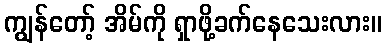
ကျွန်တော့် အိမ်ကို ရှာဖို့ခက်နေသေးလား။